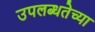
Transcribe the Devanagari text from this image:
उपलब्धतेच्या